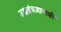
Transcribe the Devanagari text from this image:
उच्चतंत्रज्ञानाशी